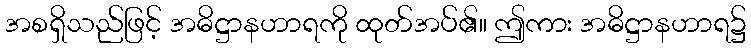
အစရှိသည်ဖြင့် အဓိဋ္ဌာနဟာရကို ထုတ်အပ်၏။ ဤကား အဓိဋ္ဌာနဟာရ၌